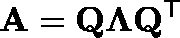
\mathbf { A } = \mathbf { Q } \mathbf { \Lambda } \mathbf { Q } ^ { \mathsf { T } }